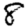
Digit: 8